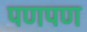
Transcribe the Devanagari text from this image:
पणपण